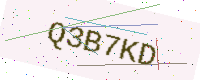
Text: Q3B7KD